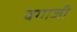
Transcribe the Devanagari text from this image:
बगाजी